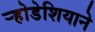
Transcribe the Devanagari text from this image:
र्‍होडेशियाने